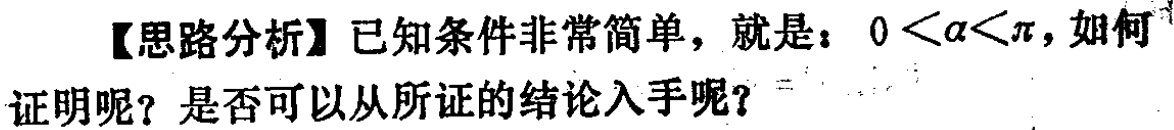
【思路分析】已知条件非常简单，就是：\(0 < \alpha < \pi\)，如何证明呢？是否可以从所证的结论入手呢？